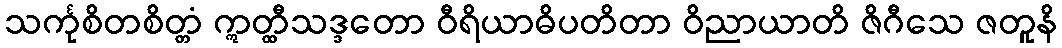
သင်္ကုစိတစိတ္တံ ဣတ္ထီသဒ္ဒတော ဝီရိယာဓိပတိတာ ဝိညာယာတိ ဇိဂီသေ ဇတူနိ